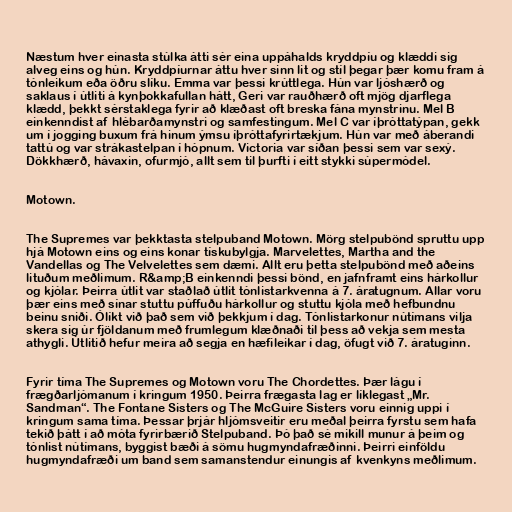
Næstum hver einasta stúlka átti sér eina uppáhalds kryddpíu og klæddi sig
alveg eins og hún. Kryddpíurnar áttu hver sinn lit og stíl þegar þær komu fram á
tónleikum eða öðru slíku. Emma var þessi krúttlega. Hún var ljóshærð og
saklaus í útliti á kynþokkafullan hátt, Geri var rauðhærð oft mjög djarflega
klædd, þekkt sérstaklega fyrir að klæðast oft breska fána mynstrinu. Mel B
einkenndist af hlébarðamynstri og samfestingum. Mel C var íþróttatýpan, gekk
um í jogging buxum frá hinum ýmsu íþróttafyrirtækjum. Hún var með áberandi
tattú og var strákastelpan í hópnum. Victoria var síðan þessi sem var sexý.
Dökkhærð, hávaxin, ofurmjó, allt sem til þurfti í eitt stykki súpermódel.

Motown.

The Supremes var þekktasta stelpuband Motown. Mörg stelpubönd spruttu upp
hjá Motown eins og eins konar tískubylgja. Marvelettes, Martha and the
Vandellas og The Velvelettes sem dæmi. Allt eru þetta stelpubönd með aðeins
lituðum meðlimum. R&amp;B einkenndi þessi bönd, en jafnframt eins hárkollur
og kjólar. Þeirra útlit var staðlað útlit tónlistarkvenna á 7. áratugnum. Allar voru
þær eins með sínar stuttu púffuðu hárkollur og stuttu kjóla með hefbundnu
beinu sniði. Ólíkt við það sem við þekkjum í dag. Tónlistarkonur nútímans vilja
skera sig úr fjöldanum með frumlegum klæðnaði til þess að vekja sem mesta
athygli. Útlitið hefur meira að segja en hæfileikar í dag, öfugt við 7. áratuginn.

Fyrir tíma The Supremes og Motown voru The Chordettes. Þær lágu í
frægðarljómanum í kringum 1950. Þeirra frægasta lag er líklegast „Mr.
Sandman“. The Fontane Sisters og The McGuire Sisters voru einnig uppi í
kringum sama tíma. Þessar þrjár hljómsveitir eru meðal þeirra fyrstu sem hafa
tekið þátt í að móta fyrirbærið Stelpuband. Þó það sé mikill munur á þeim og
tónlist nútímans, byggist bæði á sömu hugmyndafræðinni. Þeirri einföldu
hugmyndafræði um band sem samanstendur einungis af kvenkyns meðlimum.